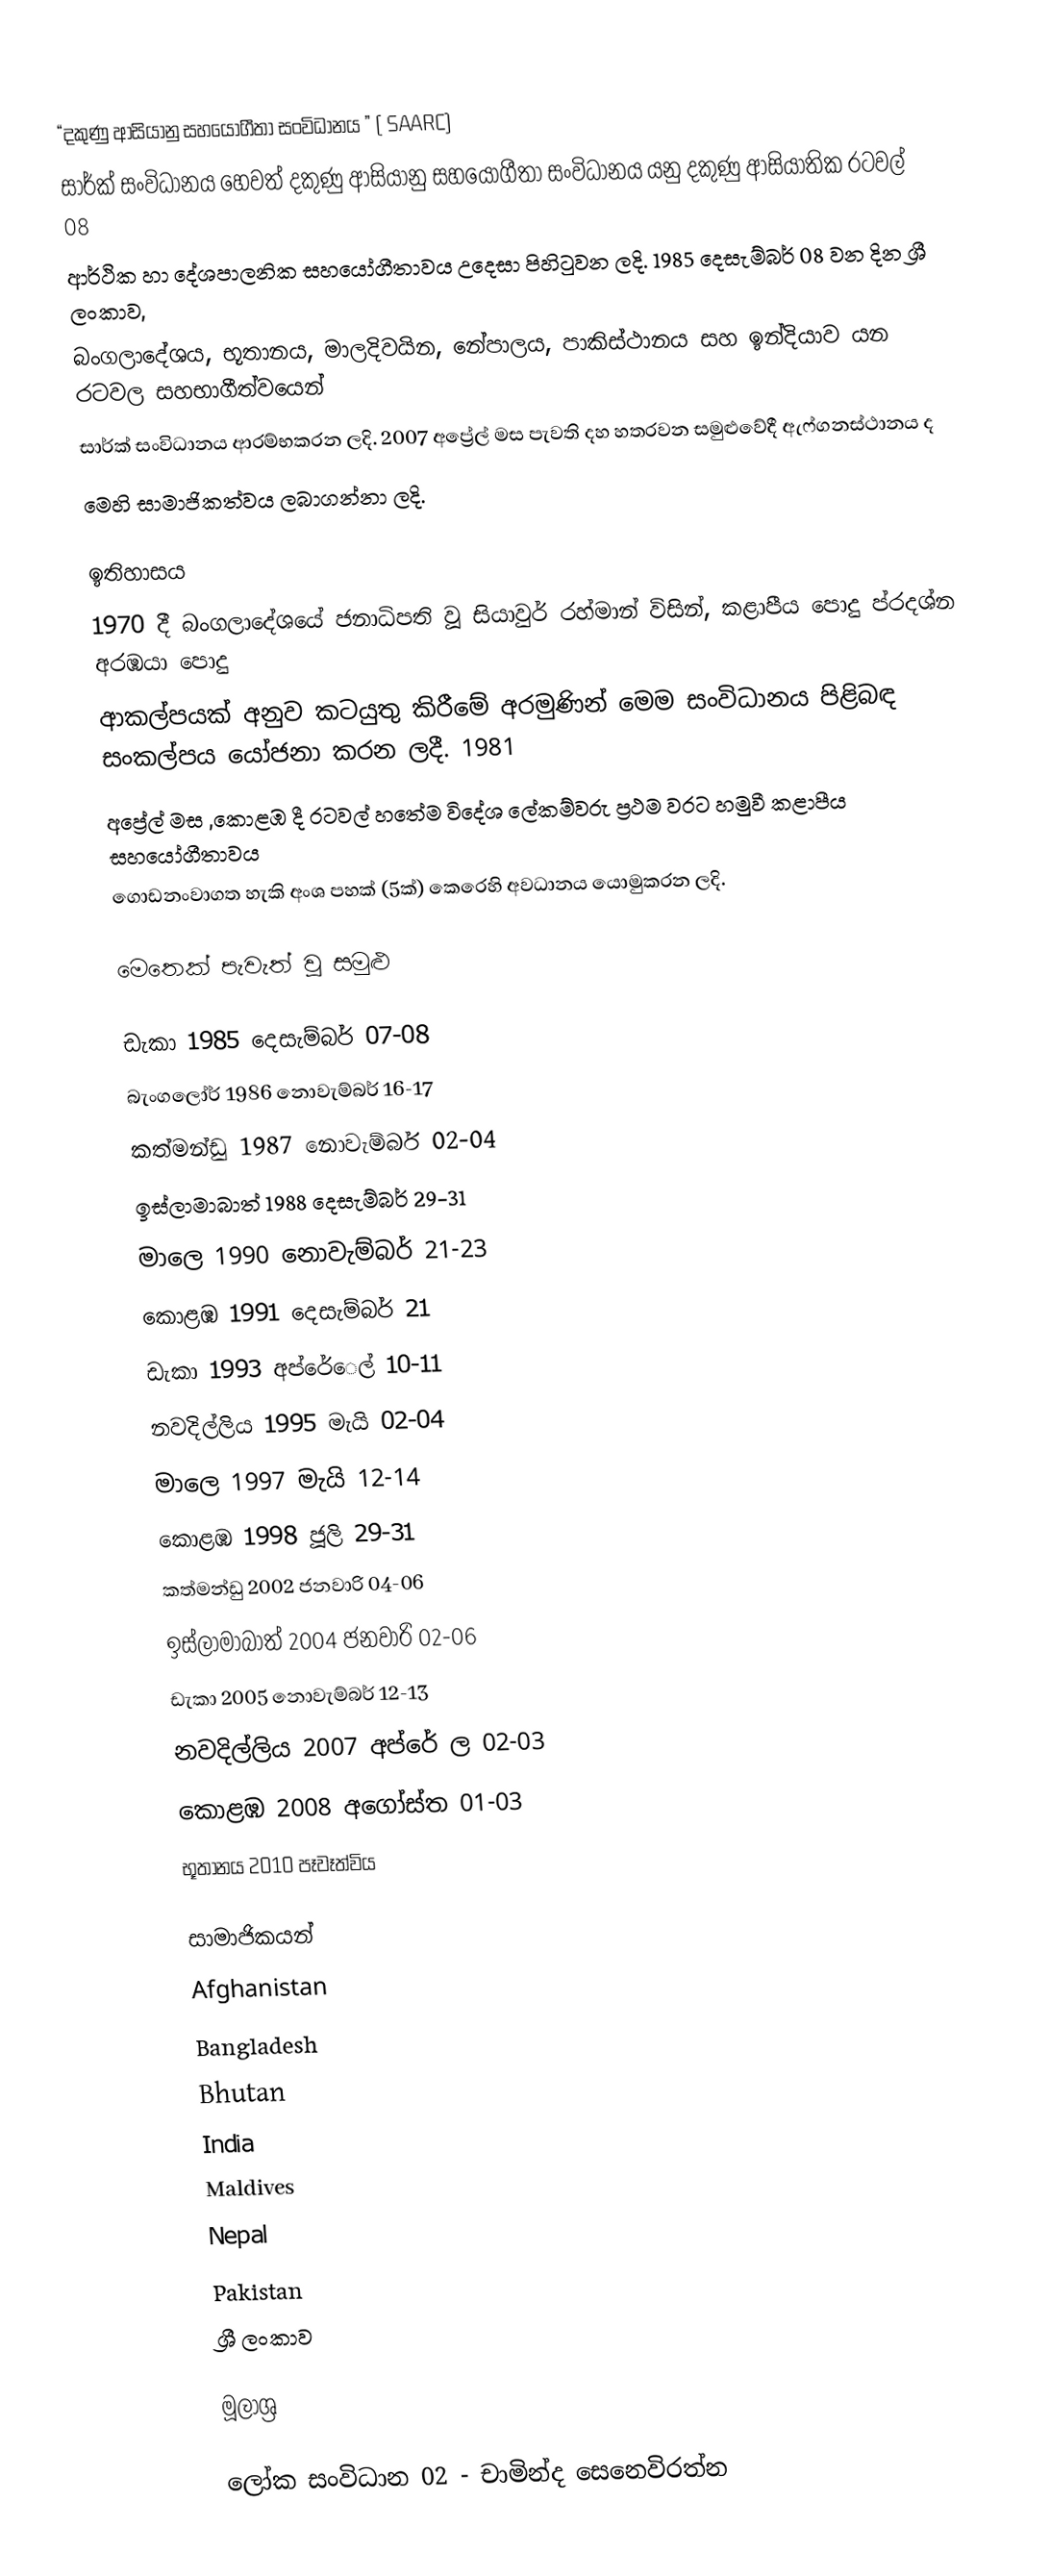

“දකුණු ආසියානු සහයෝගීතා සංවිධානය ” ( SAARC)
සාර්ක් සංවිධානය හෙවත් දකුණු ආසියානු සහයෝගීතා සංවිධානය යනු දකුණු ආසියාතික රටවල් 08
ආර්ථික හා දේශපාලනික සහයෝගීතාවය උදෙසා පිහිටුවන ලදි. 1985 දෙසැම්බර් 08 වන දින ශ්‍රී ලංකාව,
බංගලාදේශය, භූතානය, මාලදිවයින, නේපාලය, පාකිස්ථානය සහ ඉන්දියාව යන රටවල සහභාගීත්වයෙන්
සාර්ක් සංවිධානය ආරම්භකරන ලදි. 2007 අප්‍රේල් මස පැවති දහ හතරවන සමුළුවේදී ඇෆ්ගනස්ථානය ද
මෙහි සාමාජිකත්වය ලබාගන්නා ලදි.

ඉතිහාසය
1970 දී බංගලාදේශයේ ජනාධිපති වූ සියාවුර් රහ්මාන් විසින්, කළාපීය පොදු ප්රදශ්න අරඹයා පොදු
ආකල්පයක් අනුව කටයුතු කිරීමේ අරමුණින් මෙම සංවිධානය පිළිබඳ සංකල්පය යෝජනා කරන ලදී. 1981
අප්‍රේල් මස ,කොළඹ දී රටවල් හතේම විදේශ ලේකම්වරු ප්‍රථම වරට හමුවී කළාපීය සහයෝගීතාවය
ගොඩනංවාගත හැකි අංශ පහක් (5ක්) කෙරෙහි අවධානය යොමුකරන ලදි.

මෙතෙක් පැවැත් වූ සමුළු

   ඩැකා                                   1985    දෙසැම්බර්         07-08
   බැංගලෝර්                            1986    නොවැම්බර්       16-17
   කත්මන්ඩු                              1987    නොවැම්බර්        02-04
   ඉස්ලාමාබාත්                        1988    දෙසැම්බර්          29-31
   මාලෙ                                     1990    නොවැම්බර්        21-23
   කොළඹ                                 1991    දෙසැම්බර්          21
    ඩැකා                                    1993    අප්රේෙල්               10-11
   නවදිල්ලිය                            1995    මැයි                   02-04
   මාලෙ                                    1997    මැයි                   12-14
   කොළඹ                              1998    ජූලි                    29-31
   කත්මන්ඩු                              2002   ජනවාරි                 04-06
   ඉස්ලාමාබාත්                      2004   ජනවාරි                 02-06
   ඩැකා                                   2005   නොවැම්බර්         12-13
   නවදිල්ලිය                           2007   අප්රේ ල                   02-03
   කොළඹ                              2008   අගෝස්ත              01-03
   භූතානය                              2010  පෑවෑත්විය

සාමාජිකයන්
  Afghanistan
  Bangladesh
  Bhutan
  India
  Maldives
     Nepal
  Pakistan
  ශ්‍රී ලංකාව

මූලාශ්‍ර

ලෝක සංවිධාන 02 - චාමින්ද සෙනෙවිරත්න